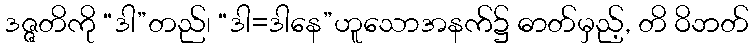
ဒဇ္ဇတိကို “ဒါ”တည်၊ “ဒါ=ဒါနေ”ဟူသောအနက်၌ ဓာတ်မှည့်, တိ ဝိဘတ်